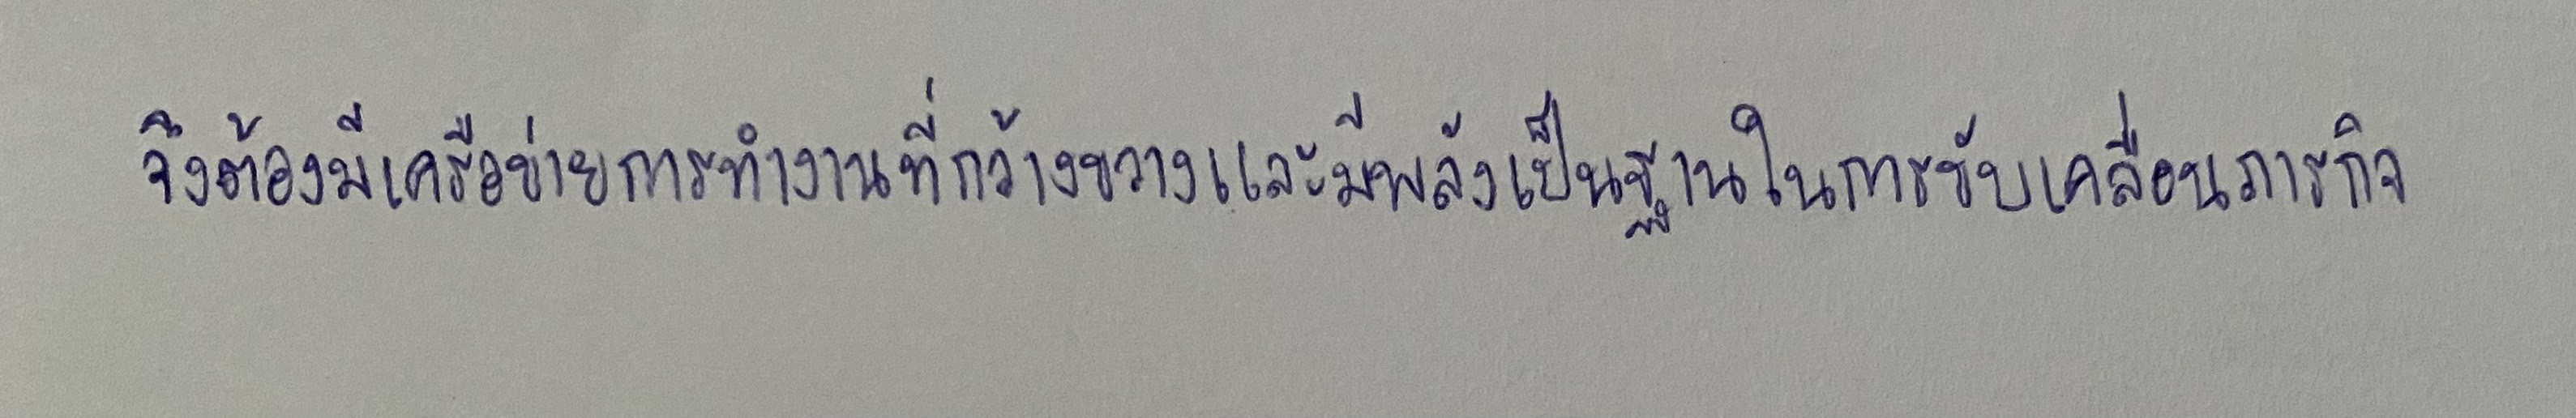
จึงต้องมีเครือข่ายการทำงานที่กว้างขวางและมีพลังเป็นฐานในการขับเคลื่อนภารกิจ